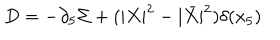
LaTeX: D = - \partial _ { 5 } \Sigma + ( | X | ^ { 2 } - | \bar { X } | ^ { 2 } ) \delta ( x _ { 5 } )